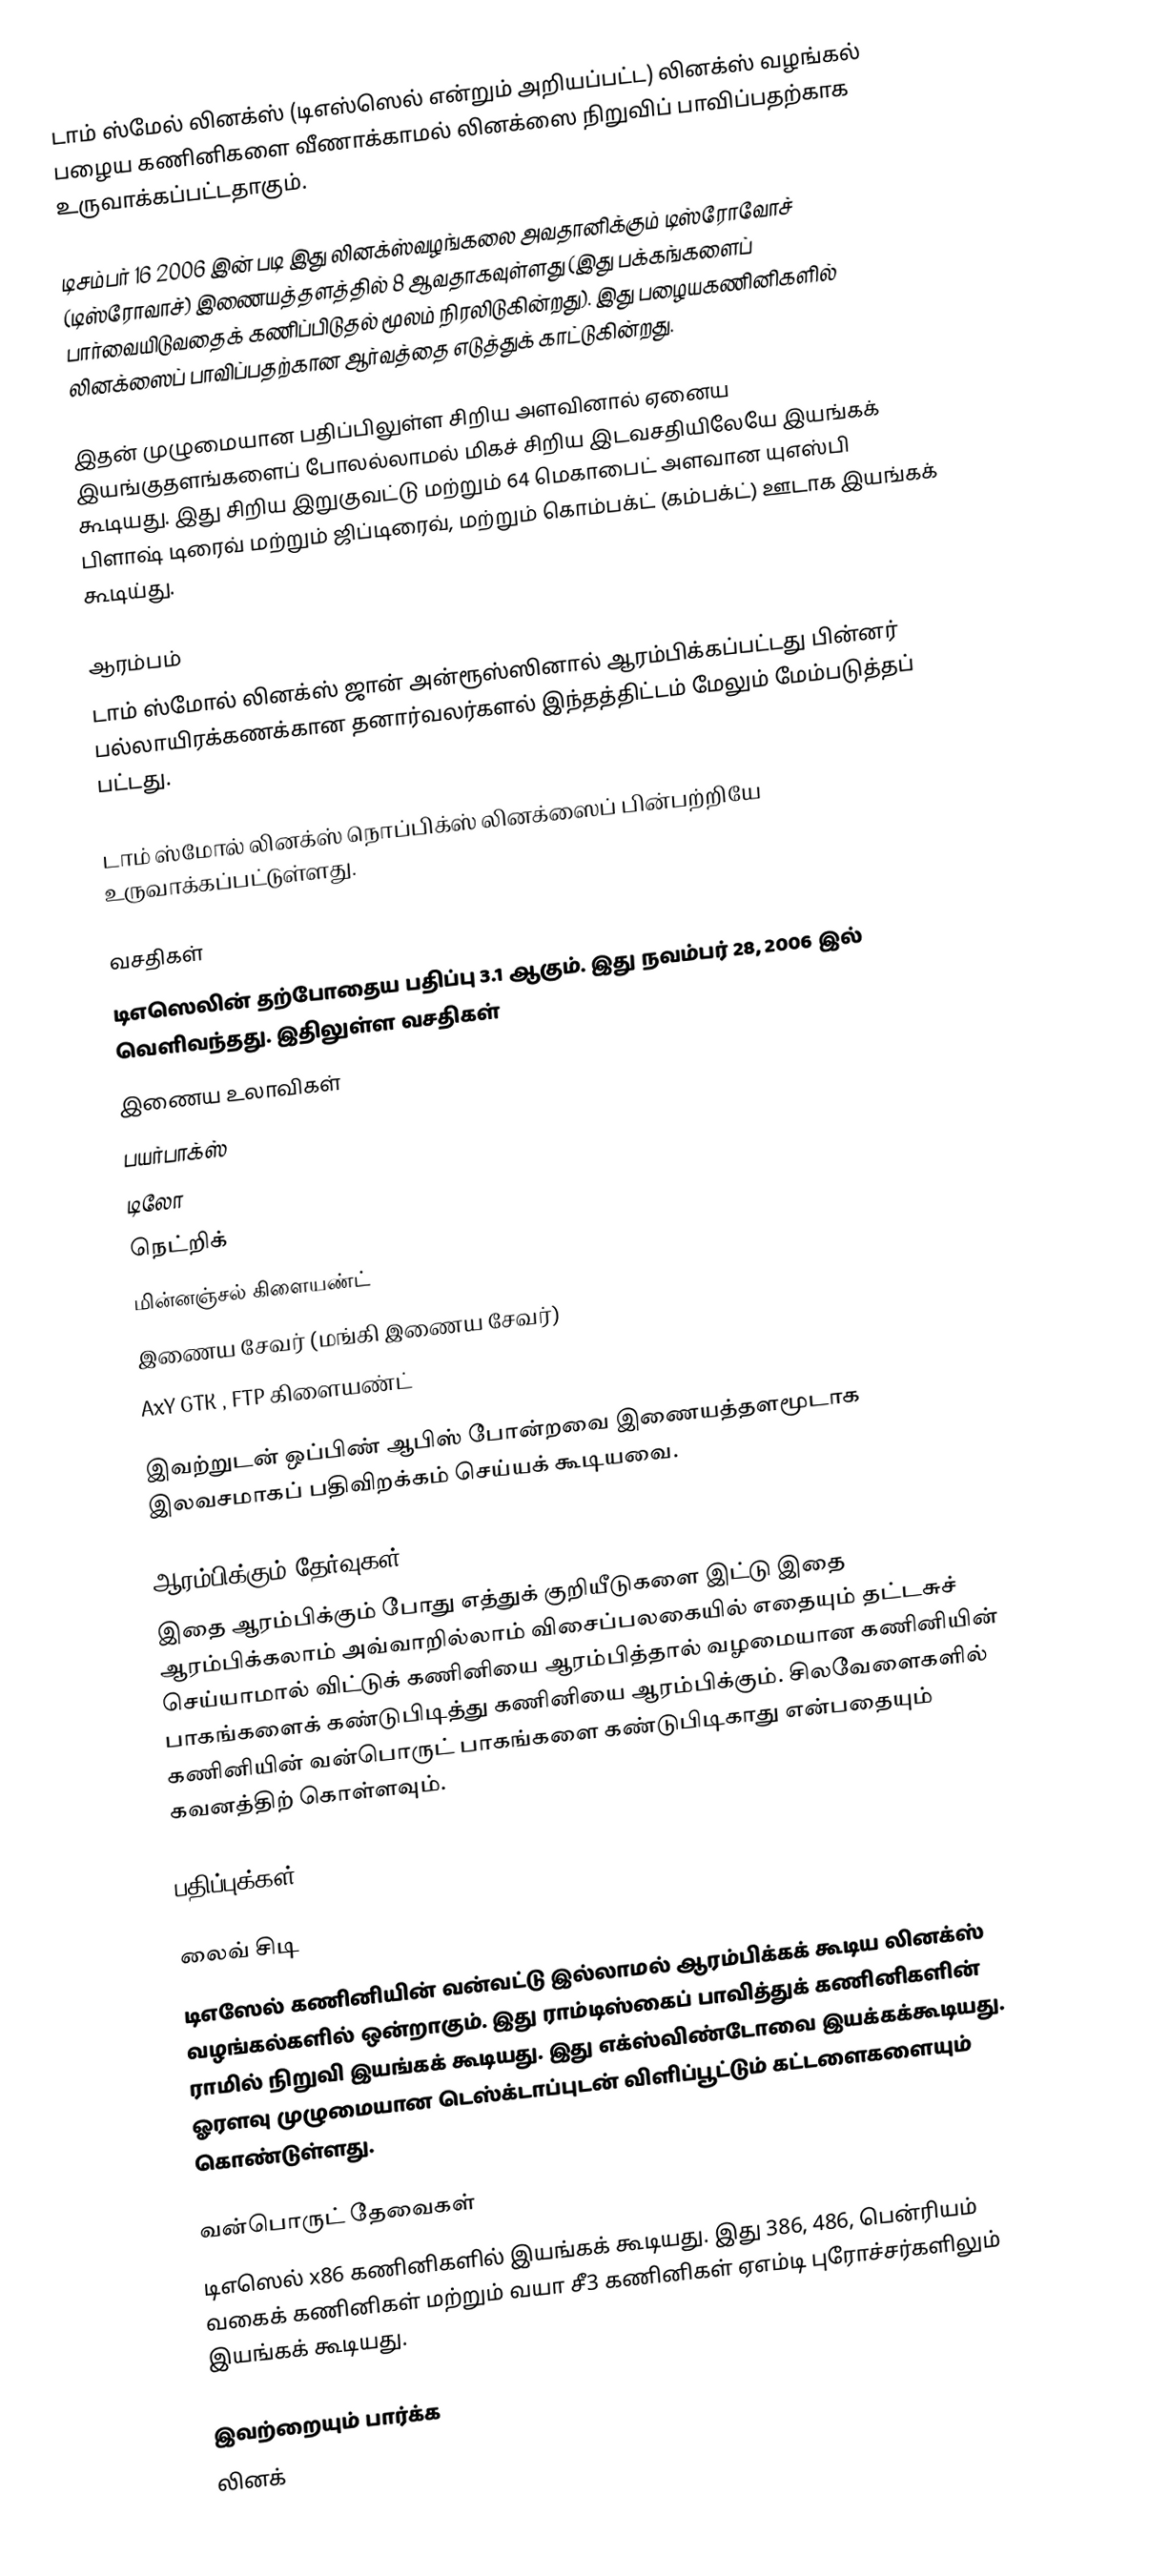
டாம் ஸ்மேல் லினக்ஸ் (டிஎஸ்ஸெல் என்றும் அறியப்பட்ட) லினக்ஸ் வழங்கல் பழைய கணினிகளை வீணாக்காமல் லினக்ஸை நிறுவிப் பாவிப்பதற்காக உருவாக்கப்பட்டதாகும்.

டிசம்பர் 16 2006 இன் படி இது லினக்ஸ்வழங்கலை அவதானிக்கும் டிஸ்ரோவோச் (டிஸ்ரோவாச்) இணையத்தளத்தில் 8 ஆவதாகவுள்ளது (இது பக்கங்களைப் பார்வையிடுவதைக் கணிப்பிடுதல் மூலம் நிரலிடுகின்றது). இது பழையகணினிகளில் லினக்ஸைப் பாவிப்பதற்கான ஆர்வத்தை எடுத்துக் காட்டுகின்றது.

இதன் முழுமையான பதிப்பிலுள்ள சிறிய அளவினால் ஏனைய இயங்குதளங்களைப் போலல்லாமல் மிகச் சிறிய இடவசதியிலேயே இயங்கக் கூடியது. இது சிறிய இறுகுவட்டு மற்றும் 64 மெகாபைட் அளவான யுஎஸ்பி பிளாஷ் டிரைவ் மற்றும் ஜிப்டிரைவ், மற்றும் கொம்பக்ட் (கம்பக்ட்) ஊடாக இயங்கக் கூடிய்து.

ஆரம்பம்
டாம் ஸ்மோல் லினக்ஸ் ஜான் அன்ரூஸ்ஸினால் ஆரம்பிக்கப்பட்டது பின்னர் பல்லாயிரக்கணக்கான தனார்வலர்களல் இந்தத்திட்டம் மேலும் மேம்படுத்தப் பட்டது.

டாம் ஸ்மோல் லினக்ஸ் நொப்பிக்ஸ் லினக்ஸைப் பின்பற்றியே உருவாக்கப்பட்டுள்ளது.

வசதிகள்
டிஎஸெலின் தற்போதைய பதிப்பு 3.1 ஆகும். இது நவம்பர் 28, 2006 இல் வெளிவந்தது. இதிலுள்ள வசதிகள்
இணைய உலாவிகள்
பயர்பாக்ஸ்
டிலோ
நெட்றிக்
மின்னஞ்சல் கிளையண்ட்
இணைய சேவர் (மங்கி இணைய சேவர்)
AxY GTK , FTP கிளையண்ட்

இவற்றுடன் ஒப்பிண் ஆபிஸ் போன்றவை இணையத்தளமூடாக இலவசமாகப் பதிவிறக்கம் செய்யக் கூடியவை.

ஆரம்பிக்கும் தேர்வுகள்
இதை ஆரம்பிக்கும் போது எத்துக் குறியீடுகளை இட்டு இதை ஆரம்பிக்கலாம் அவ்வாறில்லாம் விசைப்பலகையில் எதையும் தட்டசுச் செய்யாமால் விட்டுக் கணினியை ஆரம்பித்தால் வழமையான கணினியின் பாகங்களைக் கண்டுபிடித்து கணினியை ஆரம்பிக்கும். சிலவேளைகளில் கணினியின் வன்பொருட் பாகங்களை கண்டுபிடிகாது என்பதையும் கவனத்திற் கொள்ளவும்.

பதிப்புக்கள்

லைவ் சிடி
டிஎஸேல் கணினியின் வன்வட்டு இல்லாமல் ஆரம்பிக்கக் கூடிய லினக்ஸ் வழங்கல்களில் ஒன்றாகும். இது ராம்டிஸ்கைப் பாவித்துக் கணினிகளின் ராமில் நிறுவி இயங்கக் கூடியது. இது எக்ஸ்விண்டோவை இயக்கக்கூடியது. ஓரளவு முழுமையான டெஸ்க்டாப்புடன் விளிப்பூட்டும் கட்டளைகளையும் கொண்டுள்ளது.

வன்பொருட் தேவைகள்
டிஎஸெல் x86 கணினிகளில் இயங்கக் கூடியது. இது 386, 486, பென்ரியம் வகைக் கணினிகள் மற்றும் வயா சீ3 கணினிகள் ஏஎம்டி புரோச்சர்களிலும் இயங்கக் கூடியது.

இவற்றையும் பார்க்க
 லினக்